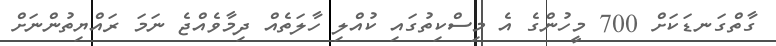
ގާތްގަނޑަކަށް 700 މީހުންގެ އެ މިސްކިތުގައި ކުއްލި ހާލަތެއް ދިމާވެއްޖެ ނަމަ ރައްޔިތުންނަށް